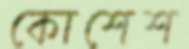
কোশেশ